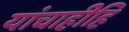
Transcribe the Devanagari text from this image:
यांचाहीहि